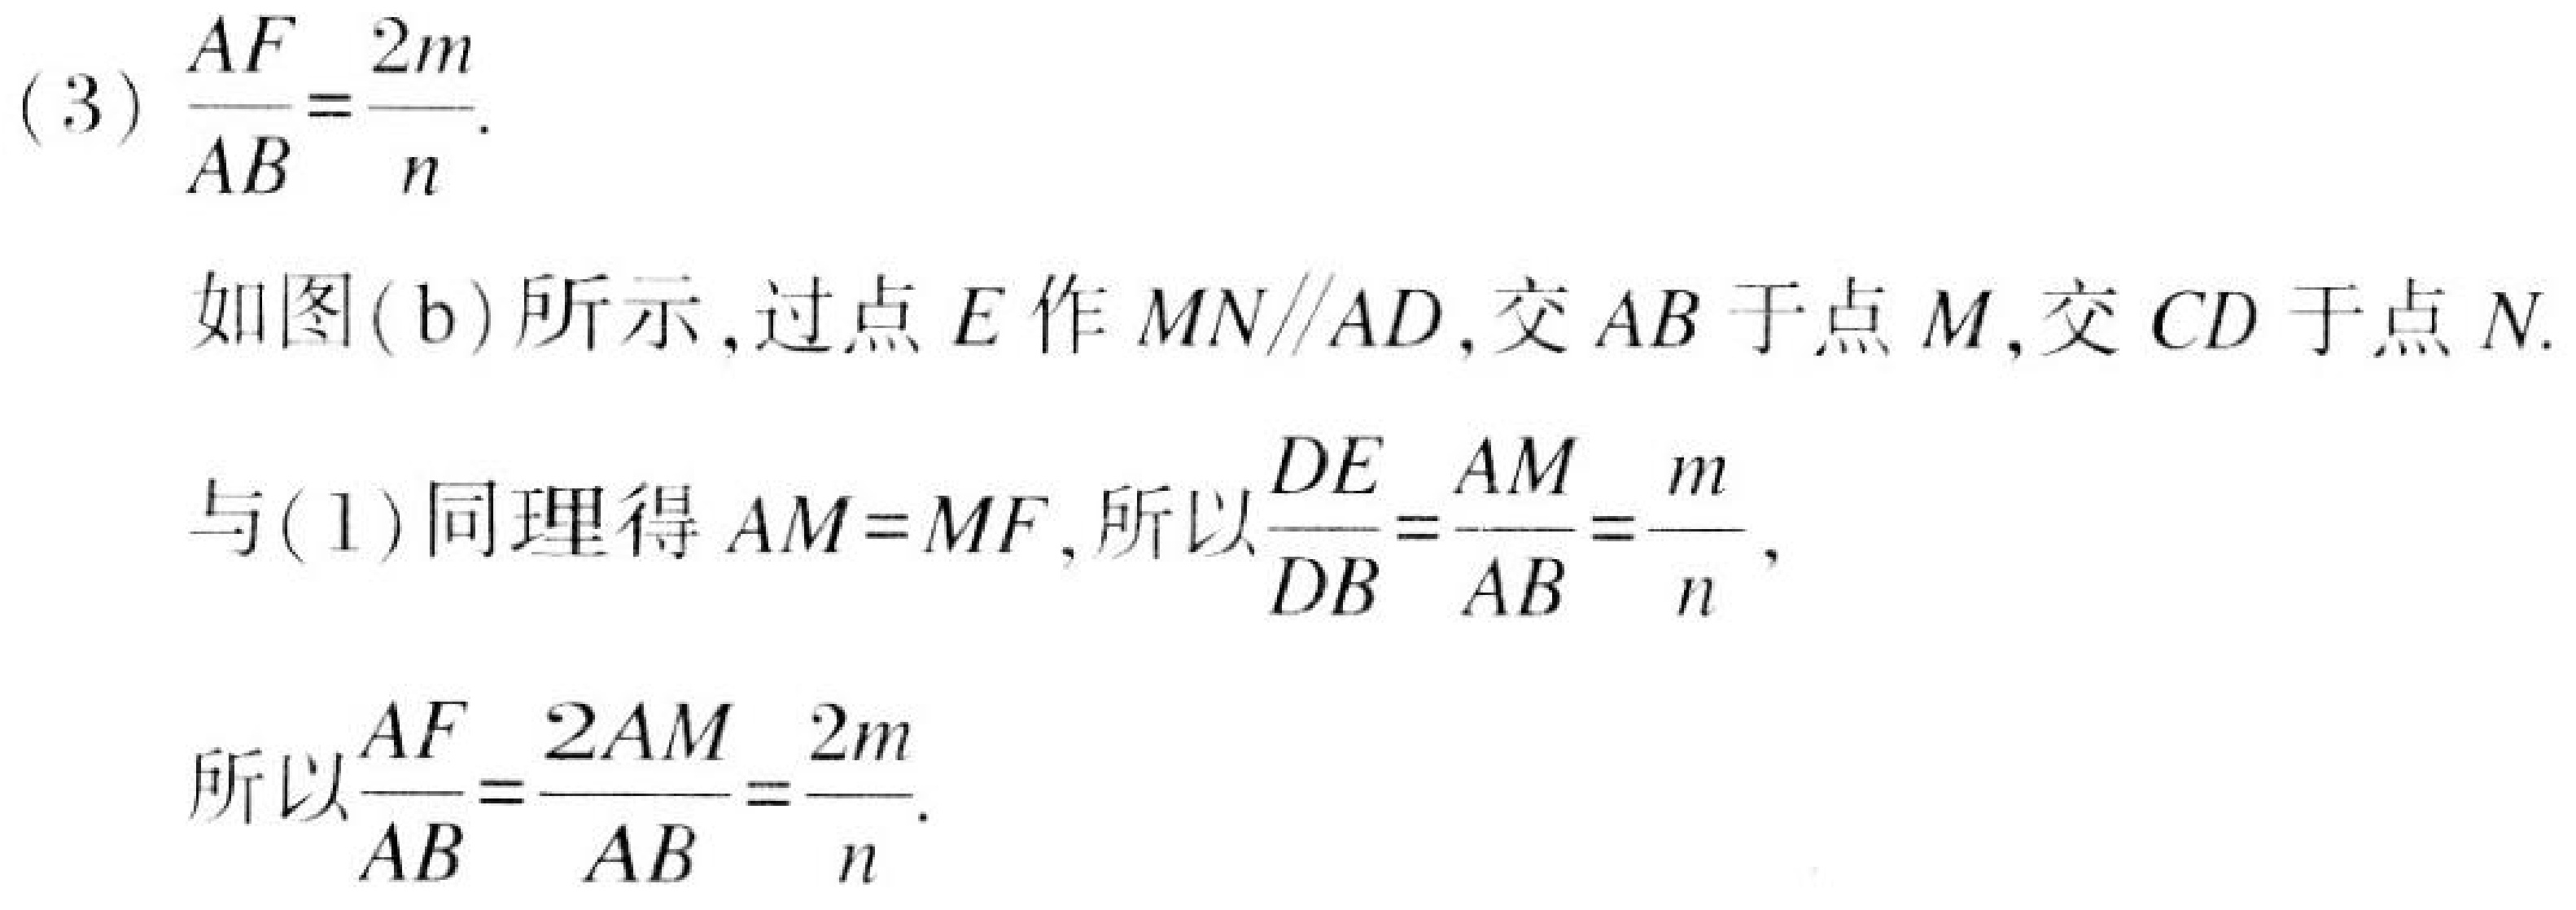
(3) $\dfrac{AF}{AB}=\dfrac{2m}{n}$.

如图(b)所示，过点$E$作$MN\parallel AD$，交$AB$于点$M$，交$CD$于点$N$.

与(1)同理得$AM = MF$，所以$\dfrac{DE}{DB}=\dfrac{AM}{AB}=\dfrac{m}{n}$，

所以$\dfrac{AF}{AB}=\dfrac{2AM}{AB}=\dfrac{2m}{n}$.